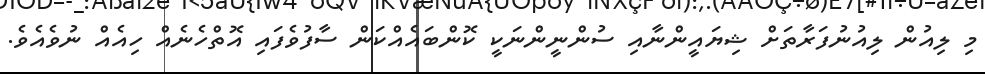
މި ލިއުން ލިއުނުފަރާތަށް ޝިޔައީންނާއި ސުންނީންނަކީ ކޮންބައެއްކަން ސާފުވެފައި އޮތްހެނެއް ހިއެއް ނުވެއެވެ.